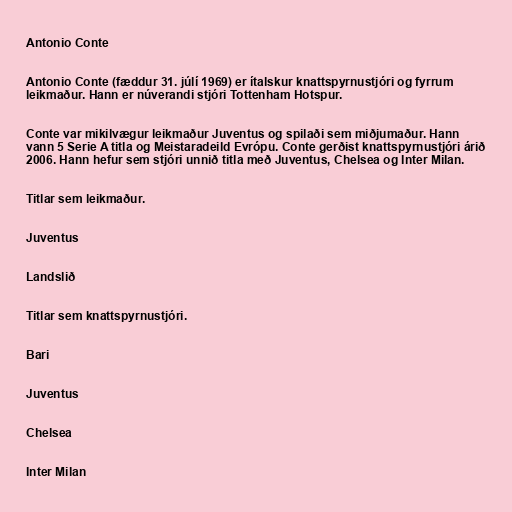
Antonio Conte

Antonio Conte (fæddur 31. júlí 1969) er ítalskur knattspyrnustjóri og fyrrum
leikmaður. Hann er núverandi stjóri Tottenham Hotspur.

Conte var mikilvægur leikmaður Juventus og spilaði sem miðjumaður. Hann
vann 5 Serie A titla og Meistaradeild Evrópu. Conte gerðist knattspyrnustjóri árið
2006. Hann hefur sem stjóri unnið titla með Juventus, Chelsea og Inter Milan.

Titlar sem leikmaður.

Juventus

Landslið

Titlar sem knattspyrnustjóri.

Bari

Juventus

Chelsea

Inter Milan